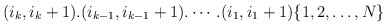
\begin{align*}(i_k,i_k+1).(i_{k-1},i_{k-1}+1). \cdots .(i_1,i_1+1)\{1,2,\dots ,N\}\end{align*}